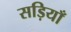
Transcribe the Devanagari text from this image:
सड़ियाँ